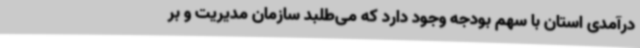
درآمدی استان با سهم بودجه وجود دارد که می‌طلبد سازمان مدیریت و بر